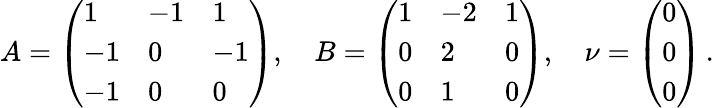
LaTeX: A=\left(\begin{array}{lll}{1}&{-1}&{1}\\ {-1}&{0}&{-1}\\ {-1}&{0}&{0}\end{array}\right),\quad B=\left(\begin{array}{lll}{1}&{-2}&{1}\\ {0}&{2}&{0}\\ {0}&{1}&{0}\end{array}\right),\quad\nu=\left(\begin{array}{l}{0}\\ {0}\\ {0}\end{array}\right)\, .